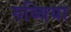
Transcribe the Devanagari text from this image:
रुब्बिया